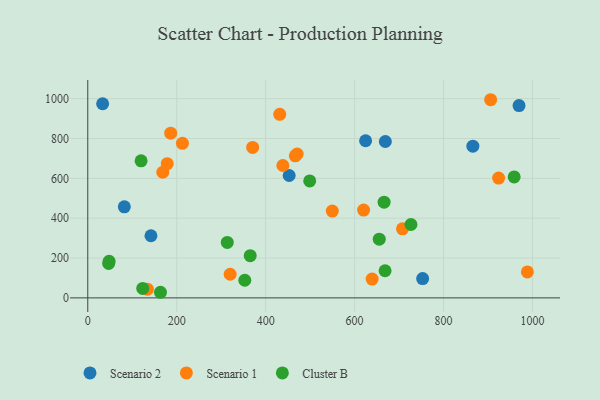
{"axis": {"x": "Experience", "y": "Demand"}, "legend": ["Cluster B", "Scenario 1", "Scenario 2"], "data": [{"x": "142.1", "y": 311.9, "type": "Scenario 2"}, {"x": "669.2", "y": 785.0, "type": "Scenario 2"}, {"x": "969.8", "y": 965.0, "type": "Scenario 2"}, {"x": "452.9", "y": 614.4, "type": "Scenario 2"}, {"x": "82.2", "y": 457.2, "type": "Scenario 2"}, {"x": "33.4", "y": 974.5, "type": "Scenario 2"}, {"x": "866.0", "y": 761.4, "type": "Scenario 2"}, {"x": "753.1", "y": 97.1, "type": "Scenario 2"}, {"x": "624.8", "y": 788.8, "type": "Scenario 2"}, {"x": "178.7", "y": 673.8, "type": "Scenario 1"}, {"x": "438.7", "y": 664.4, "type": "Scenario 1"}, {"x": "923.9", "y": 601.4, "type": "Scenario 1"}, {"x": "906.0", "y": 994.6, "type": "Scenario 1"}, {"x": "134.0", "y": 43.6, "type": "Scenario 1"}, {"x": "549.9", "y": 435.5, "type": "Scenario 1"}, {"x": "620.3", "y": 440.9, "type": "Scenario 1"}, {"x": "370.8", "y": 755.2, "type": "Scenario 1"}, {"x": "639.5", "y": 94.5, "type": "Scenario 1"}, {"x": "320.2", "y": 118.6, "type": "Scenario 1"}, {"x": "212.9", "y": 775.8, "type": "Scenario 1"}, {"x": "707.8", "y": 346.9, "type": "Scenario 1"}, {"x": "431.7", "y": 921.4, "type": "Scenario 1"}, {"x": "988.6", "y": 130.4, "type": "Scenario 1"}, {"x": "186.5", "y": 826.5, "type": "Scenario 1"}, {"x": "466.7", "y": 713.2, "type": "Scenario 1"}, {"x": "470.9", "y": 722.1, "type": "Scenario 1"}, {"x": "168.7", "y": 630.5, "type": "Scenario 1"}, {"x": "958.9", "y": 606.9, "type": "Cluster B"}, {"x": "353.1", "y": 88.5, "type": "Cluster B"}, {"x": "666.4", "y": 480.2, "type": "Cluster B"}, {"x": "163.5", "y": 28.2, "type": "Cluster B"}, {"x": "47.0", "y": 172.6, "type": "Cluster B"}, {"x": "123.6", "y": 47.3, "type": "Cluster B"}, {"x": "499.1", "y": 587.1, "type": "Cluster B"}, {"x": "119.9", "y": 687.8, "type": "Cluster B"}, {"x": "726.8", "y": 368.3, "type": "Cluster B"}, {"x": "668.6", "y": 136.3, "type": "Cluster B"}, {"x": "365.3", "y": 211.9, "type": "Cluster B"}, {"x": "48.0", "y": 183.9, "type": "Cluster B"}, {"x": "313.7", "y": 278.3, "type": "Cluster B"}, {"x": "655.5", "y": 294.5, "type": "Cluster B"}]}